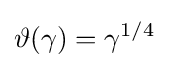
\vartheta (\gamma )=\gamma ^{1/4}